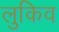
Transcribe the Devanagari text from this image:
लुकिव